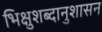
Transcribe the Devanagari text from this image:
भिक्षुशब्दानुशासन